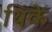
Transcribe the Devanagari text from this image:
थिके